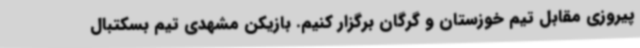
پیروزی مقابل تیم خوزستان و گرگان برگزار کنیم. بازیکن مشهدی تیم بسکتبال